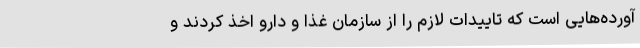
آورده‌هایی است که تاییدات لازم را از سازمان غذا و دارو اخذ کردند و